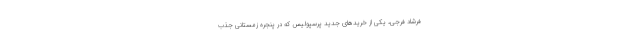
فرشاد فرجی، یکی از خرید‌های جدید پرسپولیس که در پنجره زمستانی جذب